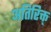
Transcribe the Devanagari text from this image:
अतिरिक्त्